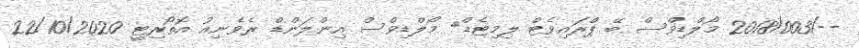
--/2018/003 މޯލްޑިވްސް ބޭ ޕްރައިވެޓް ލިމިޓެޑް	 މޯލްޑިވްސް އިންލަންޑް ރެވެނިއު އޮތޯރިޓީ 22/10/2020